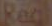
Real